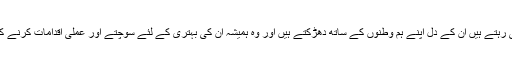
اہل پاکستان جہاں بھی رہتے ہیں ان کے دل اپنے ہم وطنوں کے ساتھ دھڑکتے ہیں اور وہ ہمیشہ ان کی بہتری کے لئے سوچتے اور عملی اقدامات کرنے کی کوشش کرتے ہیں۔